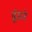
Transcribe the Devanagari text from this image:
ढूंडते